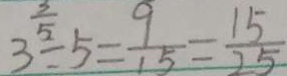
3 \div 5 = \frac { 9 } { 1 5 } = \frac { 1 5 } { 2 5 }